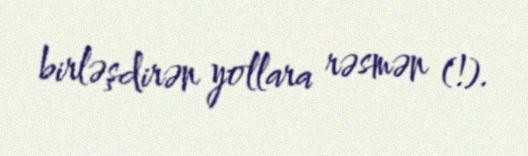
birləşdirən yollara rəsmən (!).